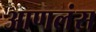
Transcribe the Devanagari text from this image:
आणलंस